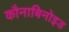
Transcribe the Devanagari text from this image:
कौनाबिनोइड